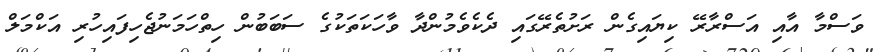
ވަސްމާ އާއި އަސްރާރޭ ކިޔައިގެން ރަށުތެރޭގައި ދެކެވެމުންދާ ވާހަކަތަކުގެ ސަބަބުން ހިތްހަމަނުޖެހިފައިހުރި އަކްމަލް